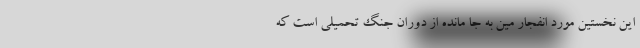
این نخستین مورد انفجار مین به جا مانده از دوران جنگ تحمیلی است که